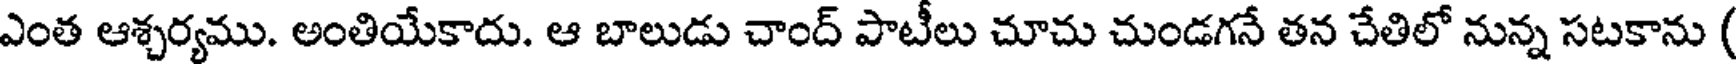
ఎంత ఆశ్చర్యము. అంతియేకాదు. ఆ బాలుడు చాంద్ పాటీలు చూచు చుండగనే తన చేతిలో నున్న సటకాను (